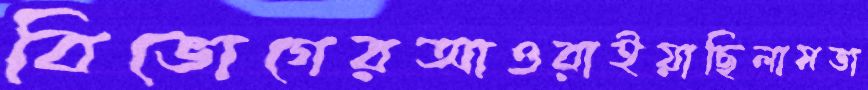
বিভোগেরআওরাইয়াছিলামভা